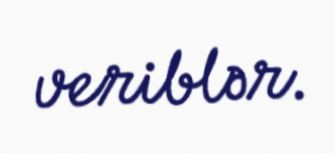
veriblər.